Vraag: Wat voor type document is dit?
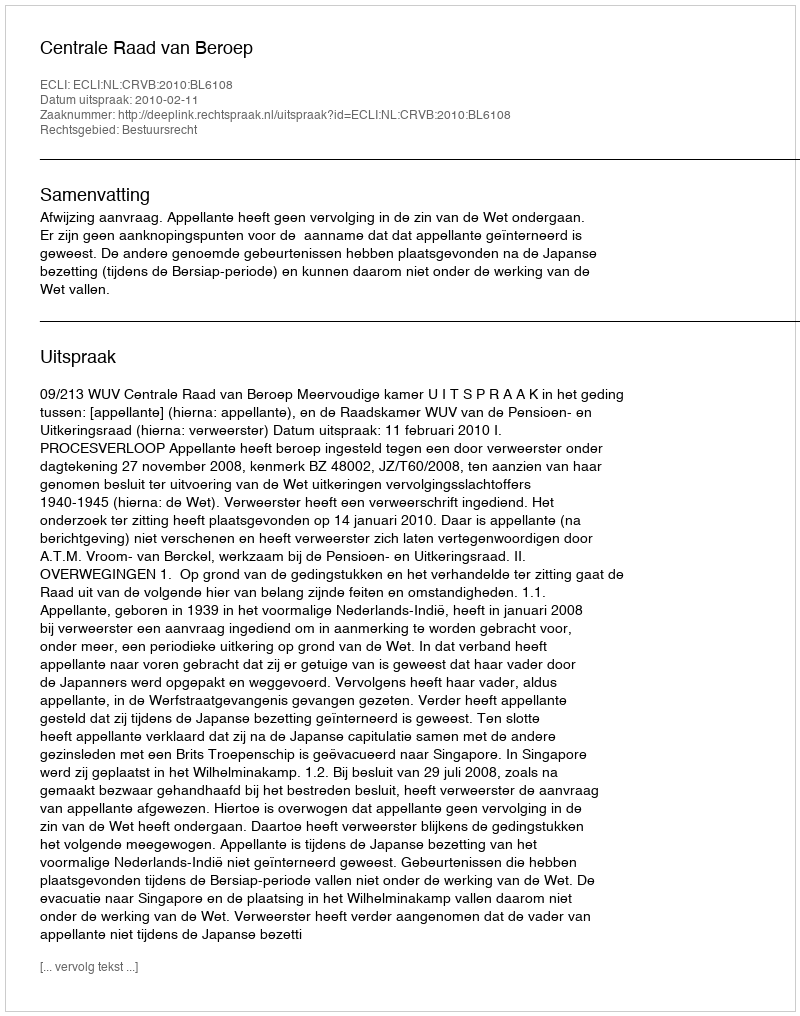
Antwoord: Uitspraak